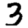
Digit: 3